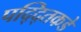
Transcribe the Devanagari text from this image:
पद्द्तिकडे